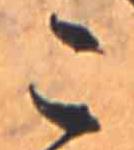
こ